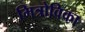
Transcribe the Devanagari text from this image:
मित्रोविका